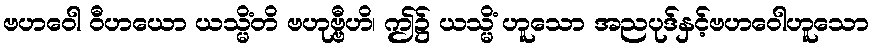
ဗဟဝေါ ဝီဟယော ယသ္မိံတိ ဗဟုဗ္ဗီဟိ၊ ဤ၌ ယသ္မိံ ဟူသော အညပုဒ်နှင့်ဗဟဝေါဟူသော